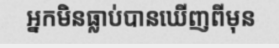
អ្នកមិនធ្លាប់បានឃើញពីមុន